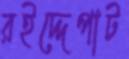
রইদ্দেপাট